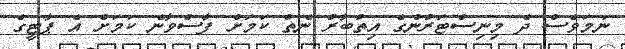
ނަމަވެސް ދެ މިނިސްޓަރުންގެ އިތުބާރު ނެތް ކަމަށް ފާސްވާނެ ކަމަށް އެ ޕާޓީގެ